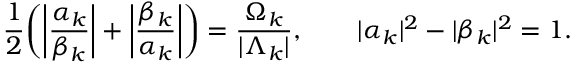
\frac { 1 } { 2 } \bigg ( \bigg | \frac { \alpha _ { { k } } } { \beta _ { { k } } } \bigg | + \bigg | \frac { \beta _ { { k } } } { \alpha _ { { k } } } \bigg | \bigg ) = \frac { \Omega _ { { k } } } { | \Lambda _ { { k } } | } , \qquad | \alpha _ { { k } } | ^ { 2 } - | \beta _ { { k } } | ^ { 2 } = 1 .